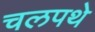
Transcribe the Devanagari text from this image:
चलपथे